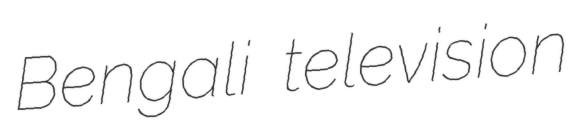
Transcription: Bengali television